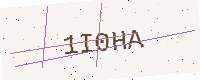
Text: 1I0HA